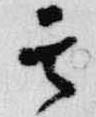
其